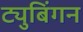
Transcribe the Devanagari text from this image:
ट्युबिंगन